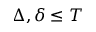
\Delta , \delta \leq T